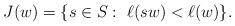
LaTeX: \begin{align*}J(w) = \{ s\in S:\ \ell(sw) < \ell(w) \}.\end{align*}